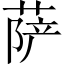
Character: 萨